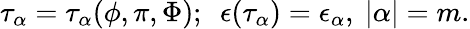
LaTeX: \tau_{\alpha}=\tau_{\alpha}(\phi,\pi,\Phi);~~\epsilon(\tau_{\alpha})=\epsilon_{\alpha},{}~|\alpha|=m.